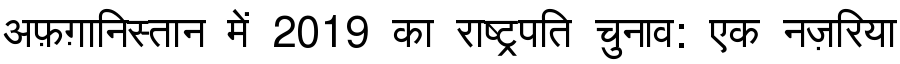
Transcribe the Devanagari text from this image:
अफ़ग़ानिस्तान में 2019 का राष्ट्रपति चुनाव: एक नज़रिया